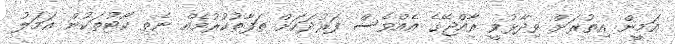
އަމީން އިތުރަށް ވިދާޅުވީ ރާއްޖޭގެ އެއްވެސް ފަރުދަކަށް ތަފާތުކުރުމެއް ނެތި ކޯޓުތަކުން އަމަލު